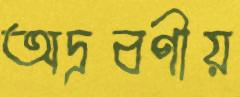
অদ্রবণীয়